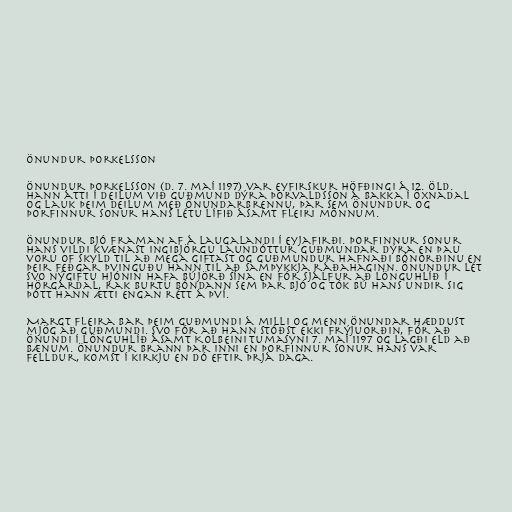
Önundur Þorkelsson

Önundur Þorkelsson (d. 7. maí 1197) var eyfirskur höfðingi á 12. öld.
Hann átti í deilum við Guðmund dýra Þorvaldsson á Bakka í Öxnadal
og lauk þeim deilum með Önundarbrennu, þar sem Önundur og
Þorfinnur sonur hans létu lífið ásamt fleiri mönnum.

Önundur bjó framan af á Laugalandi í Eyjafirði. Þorfinnur sonur
hans vildi kvænast Ingibjörgu laundóttur Guðmundar dýra en þau
voru of skyld til að mega giftast og Guðmundur hafnaði bónorðinu en
þeir feðgar þvinguðu hann til að samþykkja ráðahaginn. Önundur lét
svo nýgiftu hjónin hafa bújörð sína en fór sjálfur að Lönguhlíð í
Hörgárdal, rak burtu bóndann sem þar bjó og tók bú hans undir sig
þótt hann ætti engan rétt á því.

Margt fleira bar þeim Guðmundi á milli og menn Önundar hæddust
mjög að Guðmundi. Svo fór að hann stóðst ekki frýjuorðin, fór að
Önundi í Lönguhlíð ásamt Kolbeini Tumasyni 7. maí 1197 og lagði eld að
bænum. Önundur brann þar inni en Þorfinnur sonur hans var
felldur, komst í kirkju en dó eftir þrjá daga.